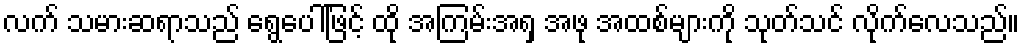
လက် သမားဆရာသည် ရွေပေါ်ဖြင့် ထို အကြမ်းအရှ အဖု အထစ်များကို သုတ်သင် လိုက်လေသည်။